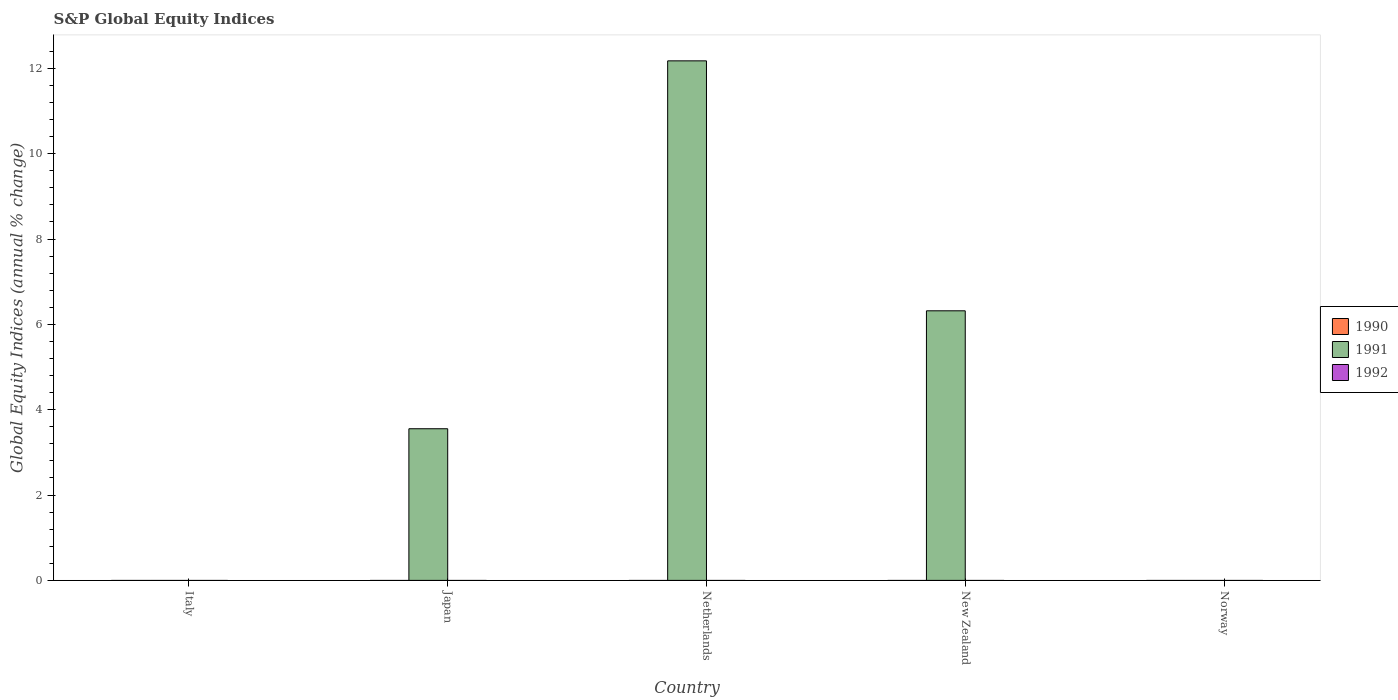
| Country | 1990 | 1991 | 1992 |
 | --- | --- | --- | --- |
 | Italy | -16 | -3.01 | -29.9 |
 | Japan | -34.8 | 3.55 | -25.7 |
 | Netherlands | -6.58 | 12.2 | -2.31 |
 | New Zealand | -39.6 | 6.32 | -8.78 |
 | Norway | -7.17 | -10.4 | -23.7 |